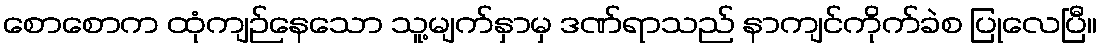
စောစောက ထုံကျဉ်နေသော သူ့မျက်နှာမှ ဒဏ်ရာသည် နာကျင်ကိုက်ခဲစ ပြုလေပြီ။